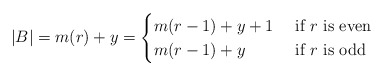
\begin{align*}|B|= m(r)+y= \begin{cases} m(r-1)+y+1 & \textnormal{ if }r\textnormal{ is even}\\m(r-1)+y & \textnormal{ if }r\textnormal{ is odd}\end{cases}\end{align*}